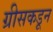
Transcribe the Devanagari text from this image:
ग्रीसकडून